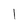
Character: 1